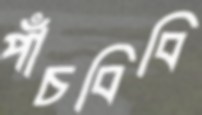
পাঁচবিবি